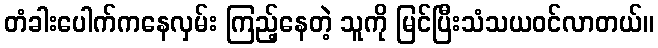
တံခါးပေါက်ကနေလှမ်း ကြည့်နေတဲ့ သူကို မြင်ပြီးသံသယဝင်လာတယ်။